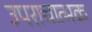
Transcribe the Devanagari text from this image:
उपराचात्मक